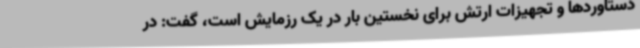
دستاوردها و تجهیزات ارتش برای نخستین بار در یک رزمایش است، گفت: در